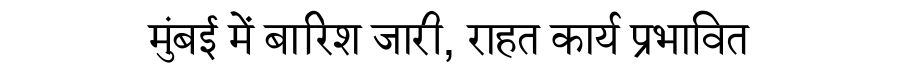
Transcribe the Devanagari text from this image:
मुंबई में बारिश जारी, राहत कार्य प्रभावित